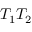
T _ { 1 } T _ { 2 }